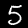
Digit: 5